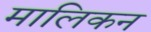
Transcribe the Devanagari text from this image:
मालिकन